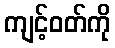
ကျင့်ဝတ်ကို